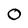
Character: O